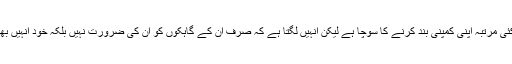
نیشیموٹو کہتے ہیں کہ انہوں نے کئی مرتبہ اپنی کمپنی بند کرنے کا سوچا ہے لیکن انہیں لگتا ہے کہ صرف ان کے گاہکوں کو ان کی ضرورت نہیں بلکہ خود انہیں بھی اپنے گاہکوں کی ضرورت ہے۔